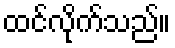
ထင်လိုက်သည်။